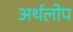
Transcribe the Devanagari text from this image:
अर्थलोप